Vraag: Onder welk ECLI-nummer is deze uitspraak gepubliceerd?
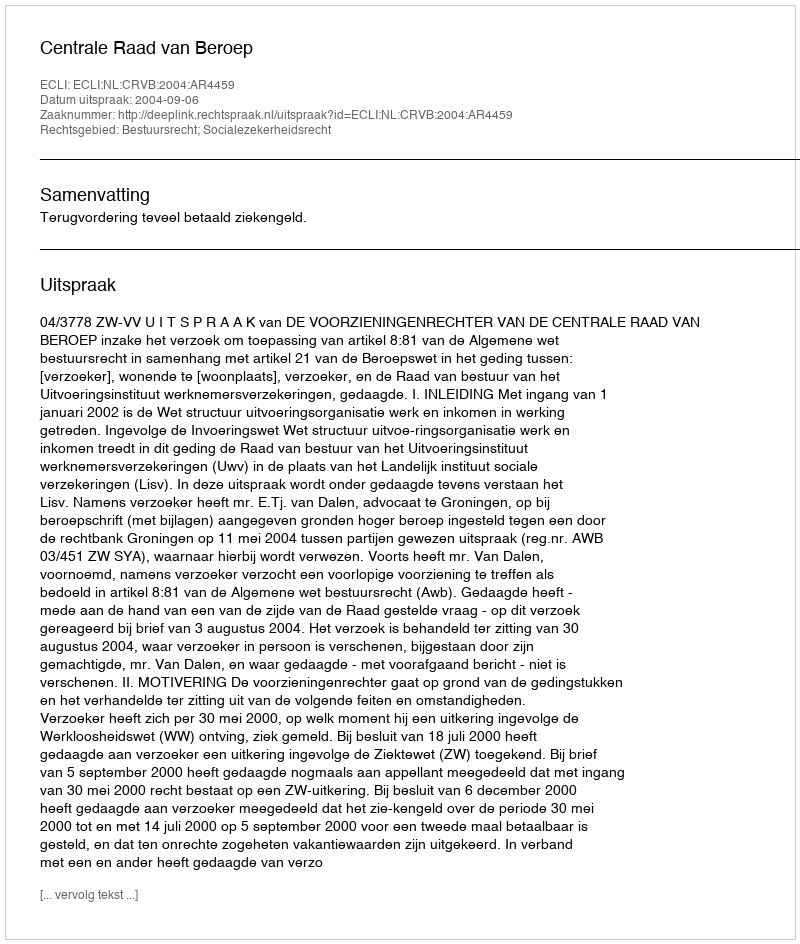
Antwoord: ECLI:NL:CRVB:2004:AR4459